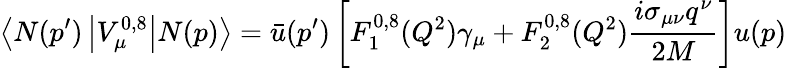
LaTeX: \left\langle N(p^{\prime})\left|V_{\mu}^{0,8}\right|N(p)\right\rangle=\bar{u}(p^{\prime})\left[F_{1}^{0,8}(Q^{2})\gamma_{\mu}+F_{2}^{0,8}(Q^{2})\frac{i\sigma_{\mu\nu}q^{\nu}}{2M}\right]u(p)